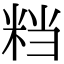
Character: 𥹥